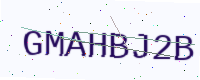
Text: GMAHBJ2B